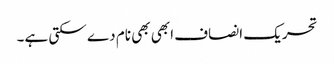
تحریک انصاف ابھی بھی نام دے سکتی ہے۔